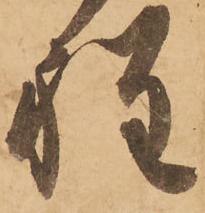
程